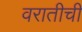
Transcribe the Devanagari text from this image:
वरातीची